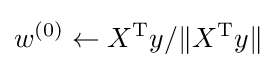
w^{(0)}\gets X^{\mathrm {T} }y/\|X^{\mathrm {T} }y\|